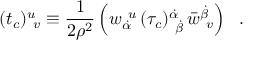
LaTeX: ( t _ { c } ) _ { ~ v } ^ { u } \equiv { \frac { 1 } { 2 \rho ^ { 2 } } } \left( w _ { \dot { \alpha } } ^ { ~ u } \, ( \tau _ { c } ) _ { ~ \dot { \beta } } ^ { \dot { \alpha } } \, \bar { w } _ { ~ v } ^ { \dot { \beta } } \right) ~ ~ .